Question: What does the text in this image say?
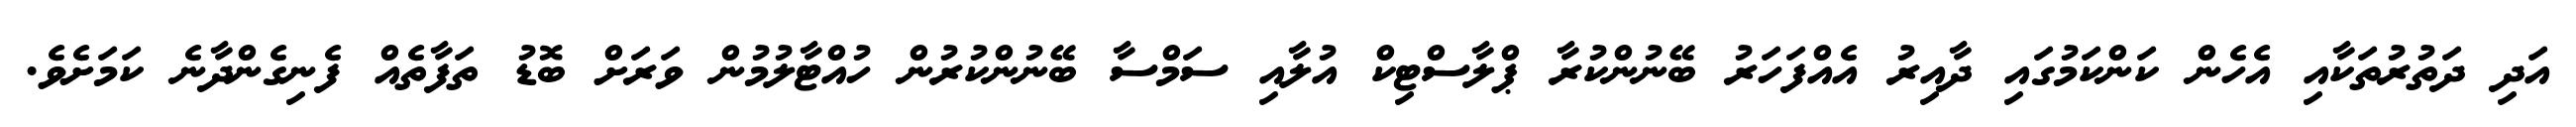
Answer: އަދި ދަތުރުތަކާއި އެހެން ކަންކަމުގައި ދާއިރު އެއްފަހަރު ބޭނުންކުރާ ޕްލާސްޓިކް އުލާއި ސަމްސާ ބޭނުންކުރުން ހުއްޓާލުމުން ވަރަށް ބޮޑު ތަފާތެއް ފެނިގެންދާނެ ކަމަށެވެ.